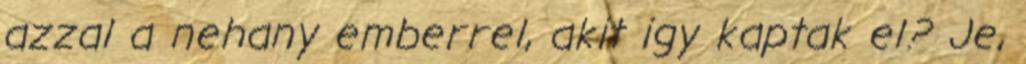
azzal a nehany emberrel, akit igy kaptak el? Je,